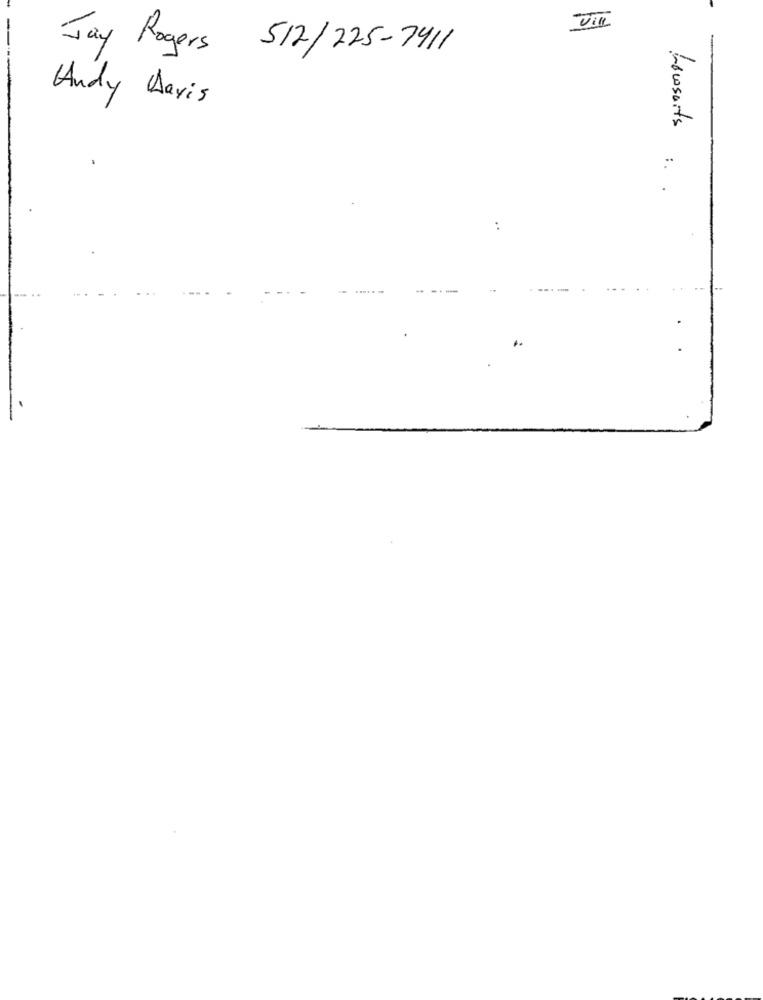
Jay Rogers 512/225-7411
Andy Dayis
Lowsorts
:.
..